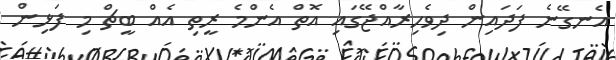
އެނގޭނެ ފަދައިން ދިވެހިރާއްޖޭގައި އޮތް އެންމެ ރީތި އެއް ބީޗް މި ފަޅިން